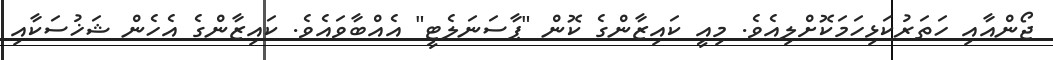
ޖޯންއާއި ހަތަރުކަޅިހަމަކޮށްލިއެވެ. މިއީ ކައިޒާންގެ ކޮން "ޕާސަނަލެޓީ" އެއްބާވައެވެ. ކައިޒާންގެ އެހެން ޝަޚުސަކާއި